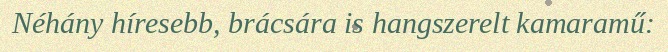
Néhány híresebb, brácsára is hangszerelt kamaramű: